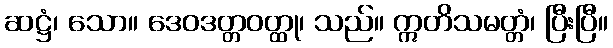
ဆဋ္ဌံ၊ သော။ ဒေဝဒတ္တဝတ္ထု၊ သည်။ ဣတိသမတ္တံ၊ ပြီးပြီ။